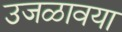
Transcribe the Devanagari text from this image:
उजळावया